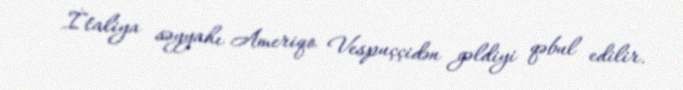
İtaliya səyyahı Ameriqo Vespuççidən gəldiyi qəbul edilir.